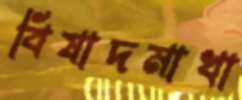
বিষাদমাখা